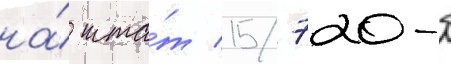
на́ шта́т 15/ 720-б